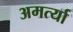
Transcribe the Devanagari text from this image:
अमर्त्या